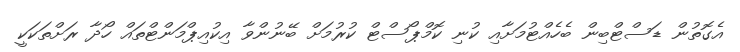
އެގޮތުން ޑަސްޓްބިން ބެހެއްޓުމަށާއި ކުނި ކޮމްޕޯސްޓް ކުރުމަށް ބޭނުންވާ އިކުއިޕްމަންޓްތައް ހޯދާ ރަށްތަކަކީ